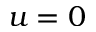
u = 0